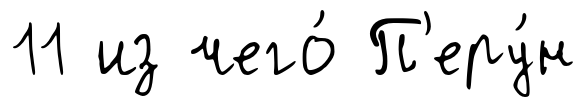
11 из чего́ П'еру́н